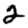
Digit: 2